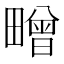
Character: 㽪